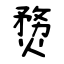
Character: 熃